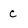
Character: C